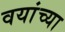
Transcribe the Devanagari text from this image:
वयांच्या